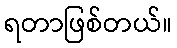
ရတာဖြစ်တယ်။